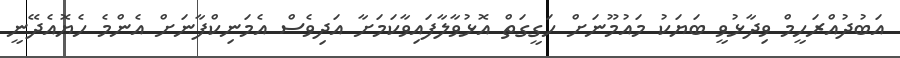
އަބުދުއްރަހީމް ވިދާޅުވީ ބަޔަކު މައުމޫނަށް ހަގީގަތް އޮޅުވާލާފައިވާކަމަށާ އަދިވެސް އެމަނިކްފާނަށް އެންމެ ހެޔޮއެދޭނީ